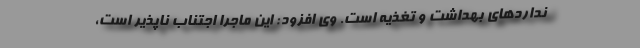
نداردهای بهداشت و تغذیه است. وی افزود: این ماجرا اجتناب ناپذیر است،